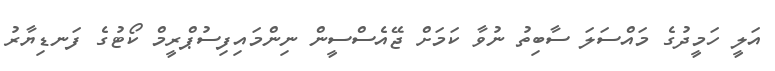
އަލީ ހަމީދުގެ މައްސަލަ ސާބިތު ނުވާ ކަމަށް ޖޭއެސްސީން ނިންމައިފިސުޕްރީމް ކޯޓުގެ ފަނޑިޔާރު